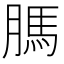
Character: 𦟐